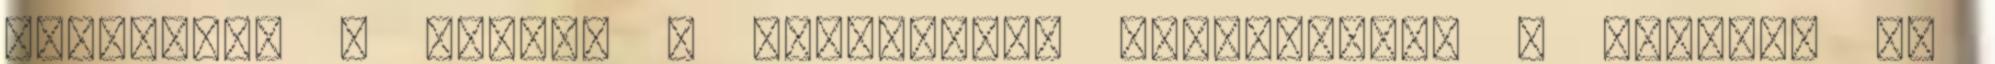
Megosztom a cikket a Facebookon Félbehagyta a munkát, és